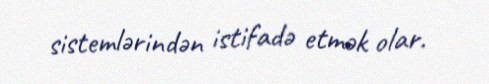
sistemlərindən istifadə etmək olar.